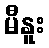
မီနူး